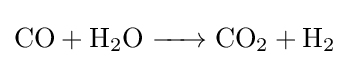
{\ce {CO + H2O -> CO2 + H2}}